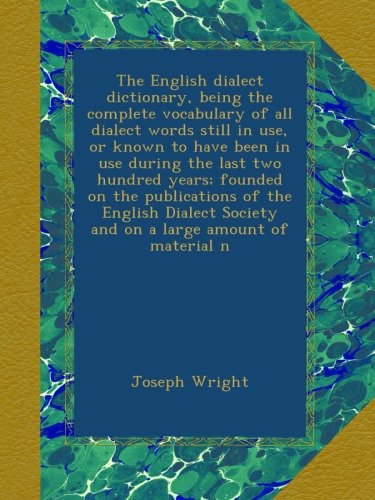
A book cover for The English dialect dictionary, being the complete vocabulary of all dialect words still in use, or known to have been in use during the last two ... Society and on a large amount of material n; Joseph Wright; Reference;